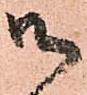
御